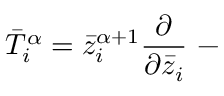
\bar { T } _ { i } ^ { \alpha } = \bar { z } _ { i } ^ { \alpha + 1 } { \frac { \partial } { \partial \bar { z } _ { i } } } ~ -